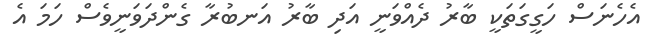
އެހެނަސް ހަގީގަތަކީ ބާރު ދެއްވަނީ އަދި ބާރު އަނބުރާ ގެންދަވަނީވެސް ހަމަ އެ